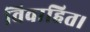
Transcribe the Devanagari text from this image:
विवाहित।